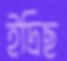
ইদ্রিছ